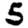
Digit: 5